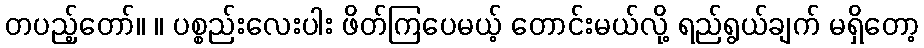
တပည့်တော်။ ။ ပစ္စည်းလေးပါး ဖိတ်ကြပေမယ့် တောင်းမယ်လို့ ရည်ရွယ်ချက် မရှိတော့